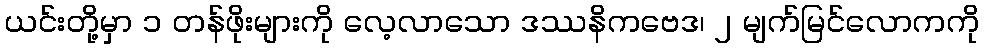
ယင်းတို့မှာ ၁ တန်ဖိုးများကို လေ့လာသော ဒဿနိကဗေဒ၊ ၂ မျက်မြင်လောကကို